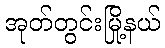
အုတ်တွင်းမြို့နယ်